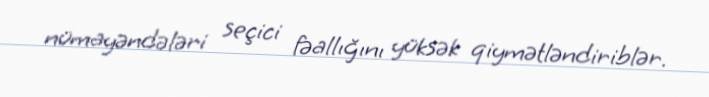
nümayəndələri seçici fəallığını yüksək qiymətləndiriblər.